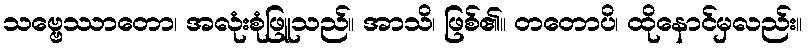
သဗ္ဗေဿာတော၊ အလုံးစုံဖြူသည်။ အာသိ၊ ဖြစ်၏။ တတောပိ၊ ထိုနောင်မှလည်း။